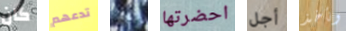
كان تدعهم للغة احضرتها أجل ونأخذ